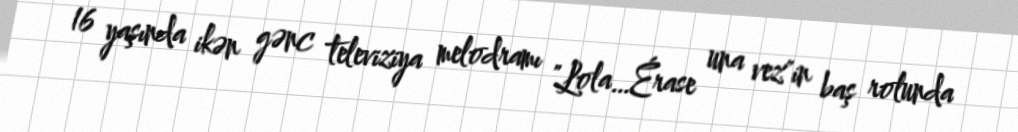
16 yaşında ikən gənc televiziya melodramı "Lola…Érase una vez"in baş rolunda